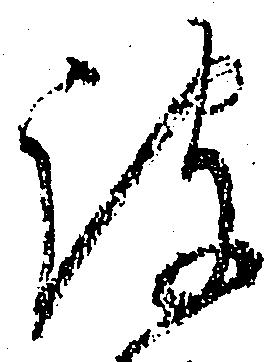
被